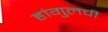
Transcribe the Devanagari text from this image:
हांगुलची